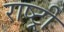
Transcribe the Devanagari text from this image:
राष्ट्र्री